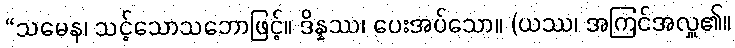
“သမေန၊ သင့်သောသဘောဖြင့်။ ဒိန္နဿ၊ ပေးအပ်သော။ (ယဿ၊ အကြင်အလှူ၏။